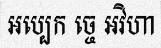
អប្បេក ច្ចេ អវិហា